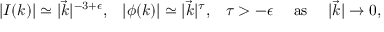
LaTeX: \begin{array} { c c c c c } { { | I ( k ) | \simeq | \vec { k } | ^ { - 3 + \epsilon } , } } & { { | \phi ( k ) | \simeq | \vec { k } | ^ { \tau } , } } & { { \tau > - \epsilon } } & { { \mathrm { \ a s \ } } } & { { | \vec { k } | \rightarrow 0 , } } \end{array}